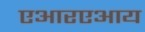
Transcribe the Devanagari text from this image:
एआरएआय